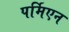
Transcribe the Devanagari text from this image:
पर्मिएन